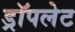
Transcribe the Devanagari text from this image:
ड्रॉपलेट